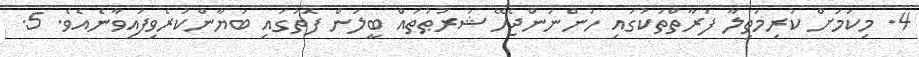
4. މިކަމަށް ކުރިމަތިލާ ފަރާތްތަކުގައި ހުންނަންޖެހޭ ޝަރުޠުތައް ބީލަން ފޮތުގައި ބަޔާންކުރެވިފައިވާނެއެވެ. 5.